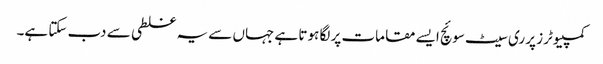
کمپیوٹرز پر ری سیٹ سوئچ ایسے مقامات پر لگا ہوتا ہے جہاں سے یہ غلطی سے دب سکتا ہے۔